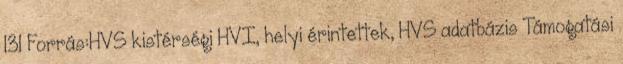
131 Forrás:HVS kistérségi HVI, helyi érintettek, HVS adatbázis Támogatási